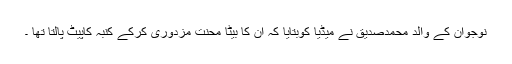
نوجوان کے والد محمدصدیق نے میڈیا کوبتایا کہ ان کا بیٹا محنت مزدوری کرکے کنبہ کاپیٹ پالتا تھا ۔